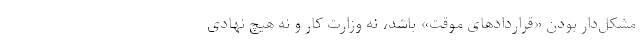
مشکل‌دار بودن «قراردادهای موقت» باشد، نه وزارت کار و نه هیچ نهادی